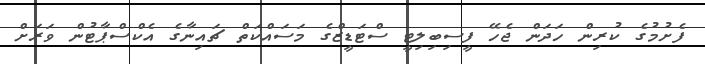
ފެށުމުގެ ކުރިން ހަދަން ޖެހޭ ފީސިބިލިޓީ ސްޓަޑީޒްގެ މަސައްކަތް ޗައިނާގެ އެކްސްޕާޓުން ވަރަށް